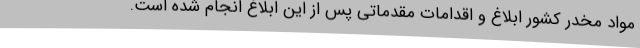
مواد مخدر کشور ابلاغ و اقدامات مقدماتی پس از این ابلاغ انجام شده است.